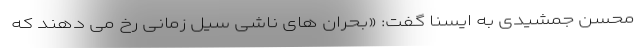
محسن جمشیدی به ایسنا گفت: «بحران های ناشی سیل زمانی رخ می دهند که